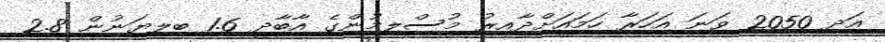
އަދި 2050 ވަނަ އަހަރާ ހަމައަށްދާއިރު މުސްލިމުންގެ އާބާދީ 1.6 ބިލިޔަނުން 2.8